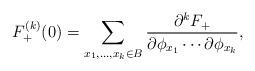
LaTeX: \begin{align*}F_+^{(k)}(0) = \sum_{x_1,\ldots,x_k\in B} \frac{\partial^k F_+}{\partial \phi_{x_1}\cdots \partial \phi_{x_k}},\end{align*}